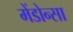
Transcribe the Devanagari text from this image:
मेंडोन्सा